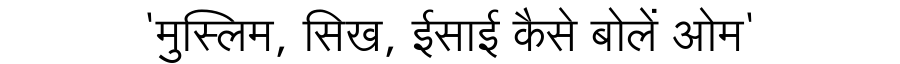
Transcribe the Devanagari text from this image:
'मुस्लिम, सिख, ईसाई कैसे बोलें ओम'